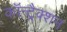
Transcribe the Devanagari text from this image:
कॉन्ट्रैक्शन